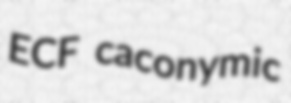
ECF caconymic